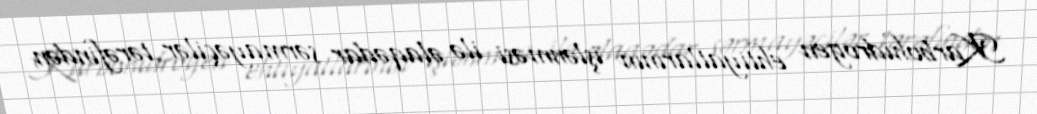
Karbohidrogen ehtiyatlarının işlənməsi ilə əlaqədar sərmayəçilər tərəfindən